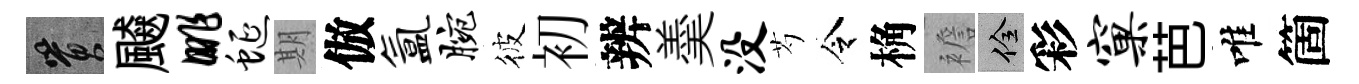
篔飇眺蜒期倣氲腕彼初辨羮没芍令桷襜佺彩窠芭唯箇